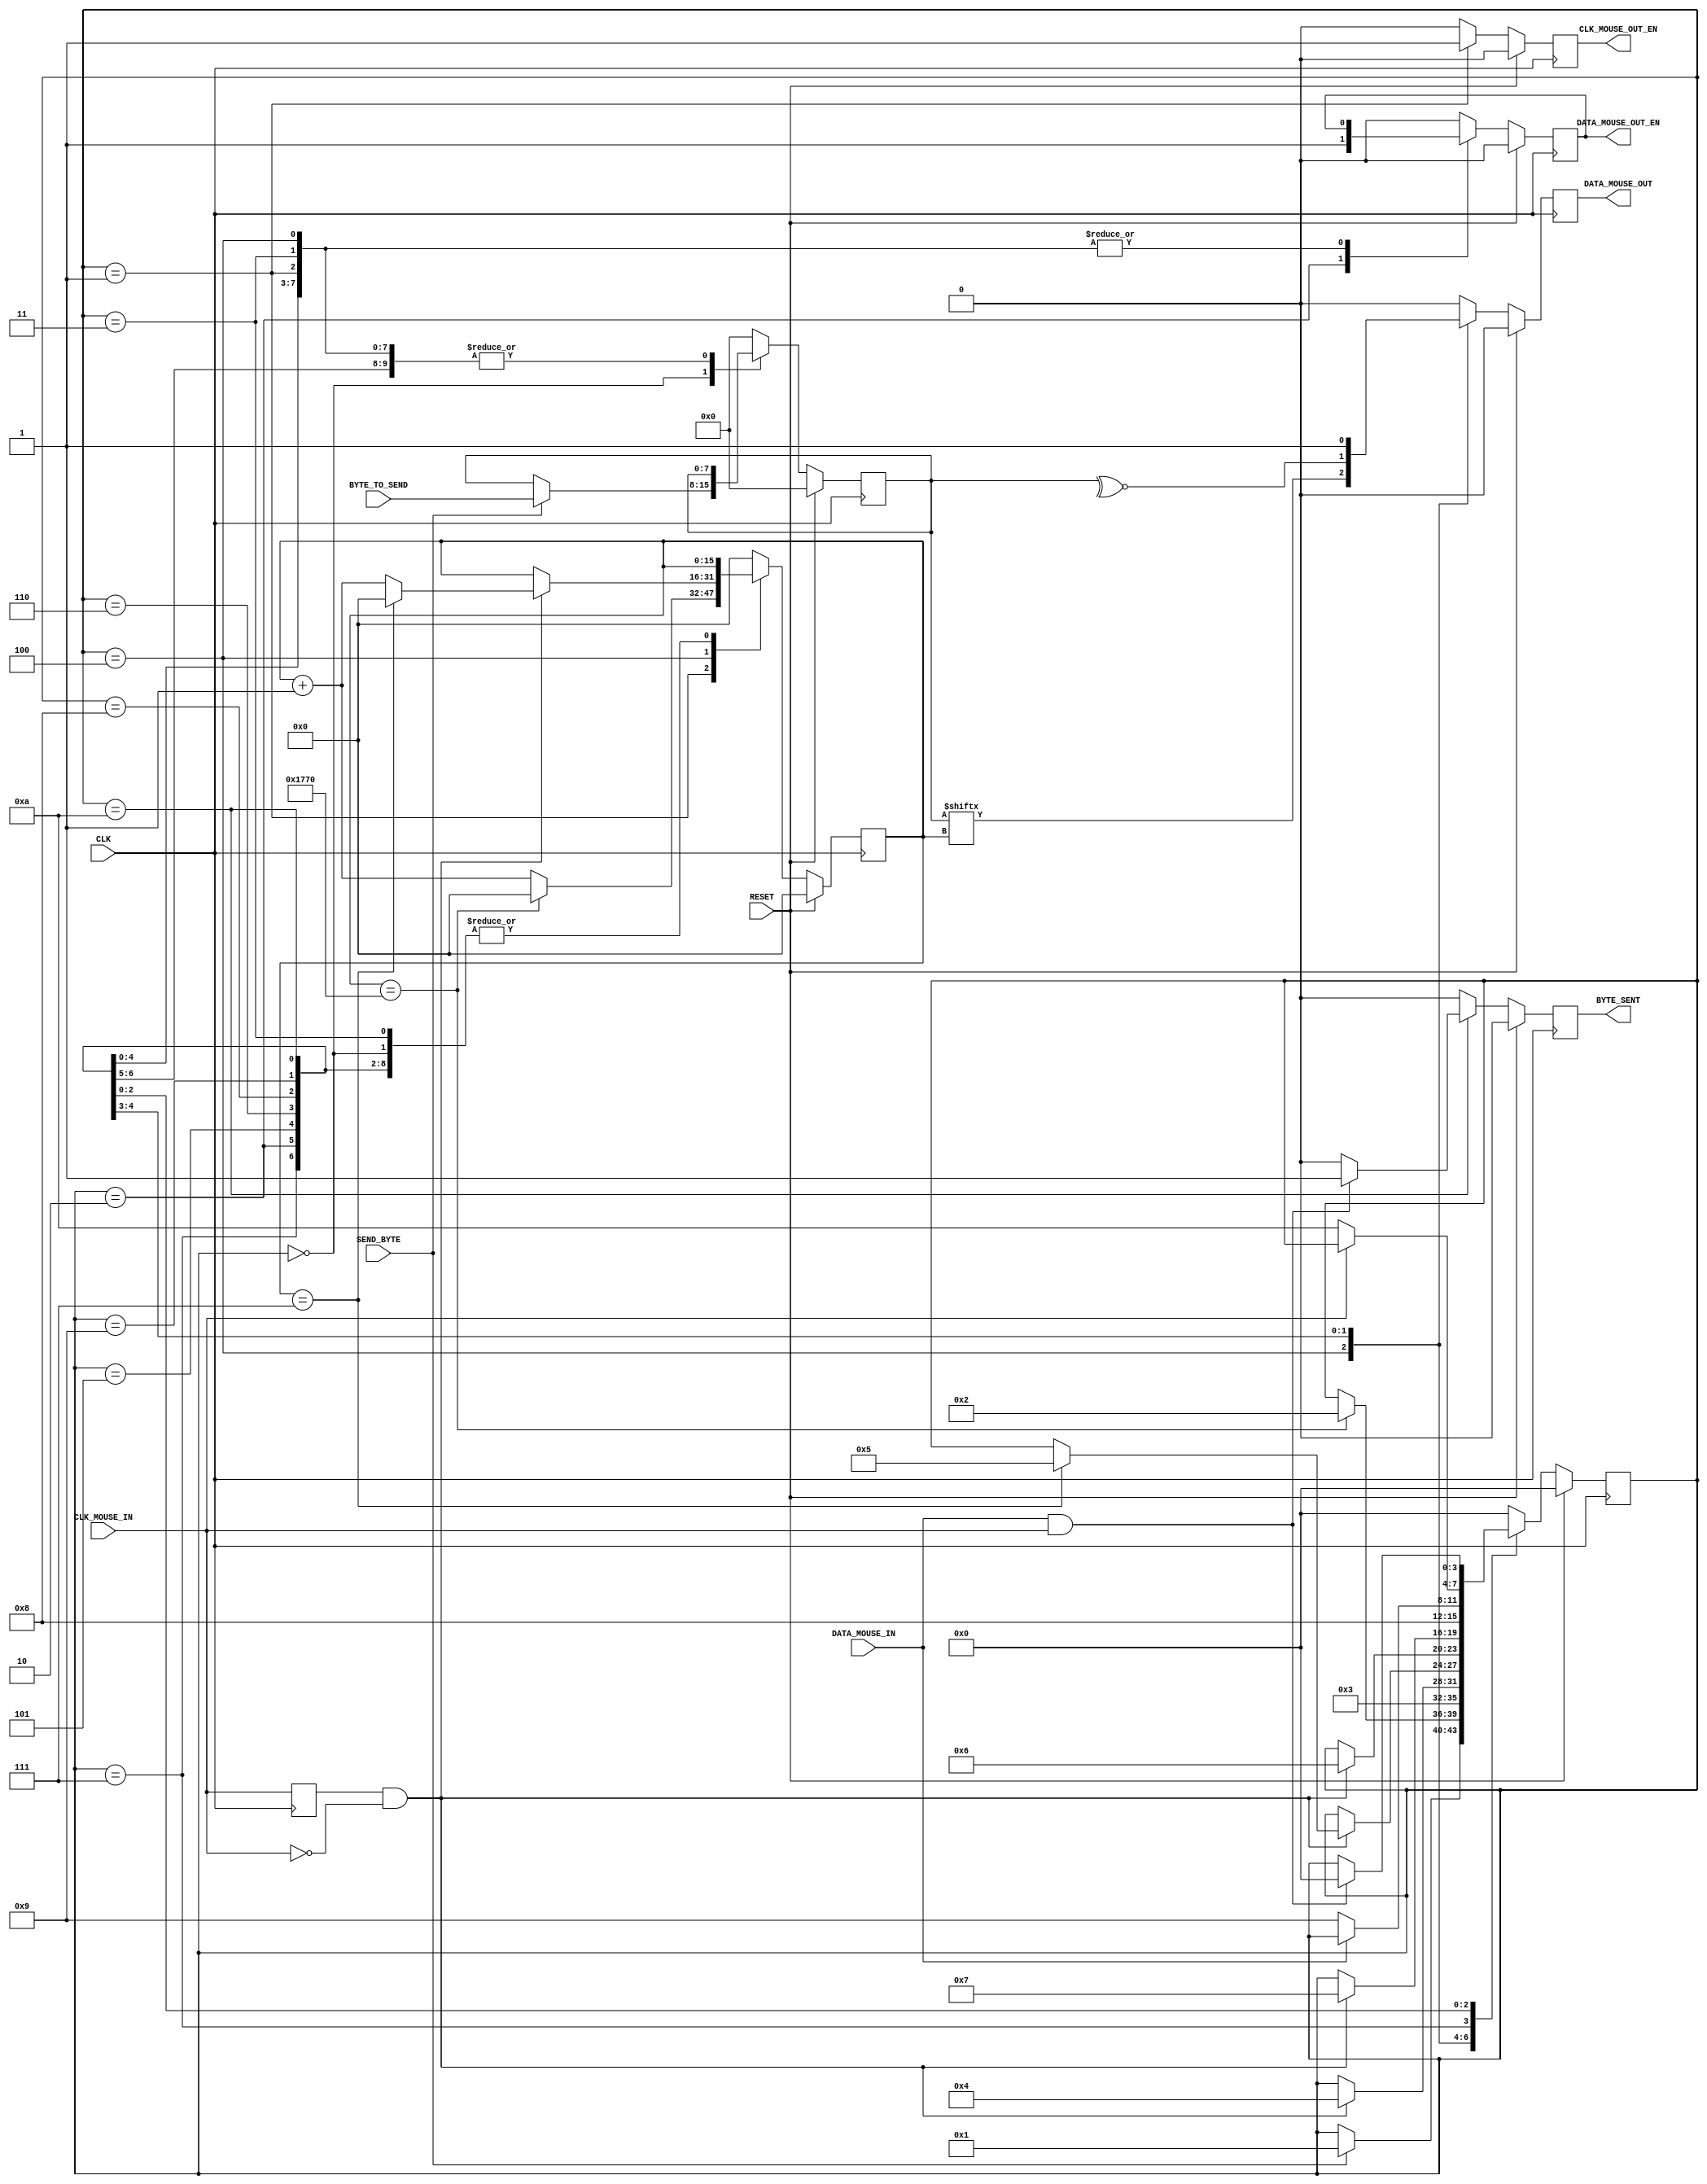
`timescale 1ns / 1ps
//////////////////////////////////////////////////////////////////////////////////
// Company: The University of Edinburgh
// 
// Design Name: Mouse Interface
// Module Name: MouseTransmitter
// Project Name: Digital Systems Laboratory
// Target Devices: Basys 3
// Tool Versions: 
// Description: Transmitter module. Handles Host to Mouse communication following the
//              PS/2 protocol.
// 
// Dependencies: 
// 
// Revision:
// Revision 0.01 - File Created
// Additional Comments: Can't really add additional functionality to this module
//                      as design freedom is very contrained. Added the sending of
//                      the stop bit (After a lot of pain and debugging) as per the
//                      ps/2 protocol, which was not present in the original source
//                      code. Please fix your source code......             
//////////////////////////////////////////////////////////////////////////////////


module MouseTransmitter(
    //Standard Inputs
    input RESET,
    input CLK,
    //Mouse IO - CLK
    input CLK_MOUSE_IN,
    output CLK_MOUSE_OUT_EN, // Allows for the control of the Clock line
    //Mouse IO - DATA
    input DATA_MOUSE_IN,
    output DATA_MOUSE_OUT,
    output DATA_MOUSE_OUT_EN,
    //Control
    input SEND_BYTE,
    input [7:0] BYTE_TO_SEND,
    output BYTE_SENT
    );
    
    //////////////////////////////////////////////////////////
    // Clk Mouse delayed to detect clock edges
    reg ClkMouseInDly;
    always@(posedge CLK)
        ClkMouseInDly <= CLK_MOUSE_IN;
        
    //////////////////////////////////////////////////////////
    //Now a state machine to control the flow of write data
    reg [3:0] Curr_State, Next_State;
    reg Curr_MouseClkOutWE, Next_MouseClkOutWE;
    reg Curr_MouseDataOut, Next_MouseDataOut;
    reg Curr_MouseDataOutWE, Next_MouseDataOutWE;
    reg [15:0] Curr_SendCounter, Next_SendCounter;
    reg Curr_ByteSent, Next_ByteSent;
    reg [7:0] Curr_ByteToSend, Next_ByteToSend;
    
    //Sequential
    always@(posedge CLK) begin
        if(RESET) begin
            Curr_State <= 4'h0;
            Curr_MouseClkOutWE <= 1'b0;
            Curr_MouseDataOut <= 1'b0;
            Curr_MouseDataOutWE <= 1'b0;
            Curr_SendCounter <= 0;
            Curr_ByteSent <= 1'b0;
            Curr_ByteToSend <= 0;
        end else begin
            Curr_State <= Next_State;
            Curr_MouseClkOutWE <= Next_MouseClkOutWE;
            Curr_MouseDataOut <= Next_MouseDataOut;
            Curr_MouseDataOutWE <= Next_MouseDataOutWE;
            Curr_SendCounter <= Next_SendCounter;
            Curr_ByteSent <= Next_ByteSent;
            Curr_ByteToSend <= Next_ByteToSend;
        end
    end
    
    //Combinatorial
    always@* begin
        //default values
        Next_State = Curr_State;
        Next_MouseClkOutWE = 1'b0;
        Next_MouseDataOut = 1'b0;
        Next_MouseDataOutWE = Curr_MouseDataOutWE;
        Next_SendCounter = Curr_SendCounter;
        Next_ByteSent = 1'b0;
        Next_ByteToSend = Curr_ByteToSend;
        
        case(Curr_State)
            //IDLE
            4'h0: begin
                if(SEND_BYTE) begin
                    Next_State = 4'h1;
                    Next_ByteToSend = BYTE_TO_SEND;
                end
                Next_MouseDataOutWE = 1'b0;
            end
            
            //Bring Clock line low for at least 100 microsecs i.e. 5000 clock cycles @ 50MHz
            4'h1: begin
                if(Curr_SendCounter == 6000) begin
                    Next_State = 4'h2;
                    Next_SendCounter = 0;
                end else
                    Next_SendCounter = Curr_SendCounter + 1'b1;
                    
                Next_MouseClkOutWE = 1'b1;
            end
            
            //Bring the Data Line Low and release the Clock line
            4'h2: begin
                Next_State = 4'h3;
                Next_MouseDataOutWE = 1'b1;
            end
            
            //Start Sending
            4'h3: begin // change data at falling edge of clock, start bit = 0
                if(ClkMouseInDly & ~CLK_MOUSE_IN)
                    Next_State = 4'h4;
            end
            
            //Send Bits 0 to 7 - We need to send the byte
            4'h4: begin // change data at falling edge of clock
                if(ClkMouseInDly & ~CLK_MOUSE_IN) begin
                    if(Curr_SendCounter == 7) begin
                        Next_State = 4'h5;
                        Next_SendCounter = 0;
                    end else
                        Next_SendCounter = Curr_SendCounter + 1'b1;
                end
                
                Next_MouseDataOut = Curr_ByteToSend[Curr_SendCounter];
            end
            
            //Send the parity bit
            4'h5: begin // change data at falling edge of clock
                if(ClkMouseInDly & ~CLK_MOUSE_IN)
                    Next_State = 4'h6;
                    
                Next_MouseDataOut = ~^Curr_ByteToSend[7:0];
            end
            
            // ADDED CODE TO SEND THE STOP BIT
            //Send the stop bit to adhere to ps/2 protocol
            4'h6: begin // change data at falling edge of clock
                if(ClkMouseInDly & ~CLK_MOUSE_IN)
                    Next_State = 4'h7;
                
                Next_MouseDataOut = 1'b1;
            end
            
            //Release Data line
            4'h7: begin
                Next_State = 4'h8;
                Next_MouseDataOutWE = 1'b0;
            end
            
            /*
            Wait for Device to bring Data line low, then wait for Device to bring Clock line low, and finally wait for
            Device to release both Data and Clock.
            */
            /*
            FILL IN THIS AREA
            */
            //Wait for device to bring Data line low
            4'h8: begin
                if(~DATA_MOUSE_IN)
                    Next_State = 4'h9;
            end
            
            //Wait for device to bring Clock line low
            4'h9: begin
                if(~CLK_MOUSE_IN)
                    Next_State = 4'hA;
            end
            
            //Wait for device to release both Data and Clock lines
            4'hA: begin
                if(DATA_MOUSE_IN & CLK_MOUSE_IN) begin
                    Next_State = 4'h0;
                    Next_ByteSent = 1'b1;
                end
            end
            
            default: begin
                Next_State <= 4'h0;
                Next_MouseClkOutWE <= 1'b0;
                Next_MouseDataOut <= 1'b0;
                Next_MouseDataOutWE <= 1'b0;
                Next_SendCounter <= 0;
                Next_ByteSent <= 1'b0;
                Next_ByteToSend <= 0;
            end
            
        endcase
    end
    
    ///////////////////////////////////////////////////////////////
    //Assign OUTPUTs
    //Mouse IO - CLK
    assign CLK_MOUSE_OUT_EN = Curr_MouseClkOutWE;
    
    //Mouse IO - DATA
    assign DATA_MOUSE_OUT = Curr_MouseDataOut;
    assign DATA_MOUSE_OUT_EN = Curr_MouseDataOutWE;
    
    //Control
    assign BYTE_SENT = Curr_ByteSent;
    
endmodule